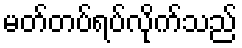
မတ်တပ်ရပ်လိုက်သည်